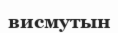
висмутын